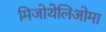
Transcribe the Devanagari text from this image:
मिजोथेलिओमा